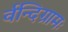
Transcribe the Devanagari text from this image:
र्वन्दिग्रामः